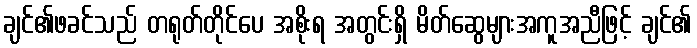
ချင်၏ဖခင်သည် တရုတ်တိုင်ပေ အစိုးရ အတွင်းရှိ မိတ်ဆွေများအကူအညီဖြင့် ချင်၏